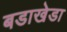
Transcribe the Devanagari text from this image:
बडाखेडा